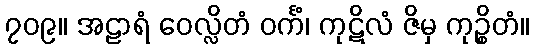
၇၀၉။ အဠာရံ ဝေလ္လိတံ ဝင်္ကံ၊ ကုဋိလံ ဇိမှ ကုဉ္စိတံ။